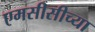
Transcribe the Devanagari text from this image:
एमसीसीच्या